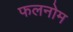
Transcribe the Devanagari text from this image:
फलनोम